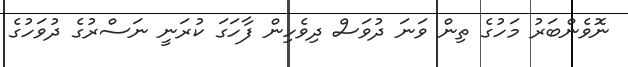
ނޮވެންބަރު މަހުގެ ތިން ވަނަ ދުވަސް ދިވެހިން ފާހަގަ ކުރަނީ ނަސްރުގެ ދުވަހުގެ